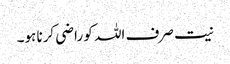
نیت صرف اللہ کو راضی کرنا ہو۔